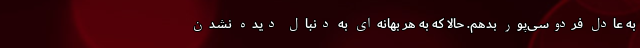
به عادل فردوسی‌پور بدهم. حالا که به هر بهانه‌ای به دنبال دیده نشدن